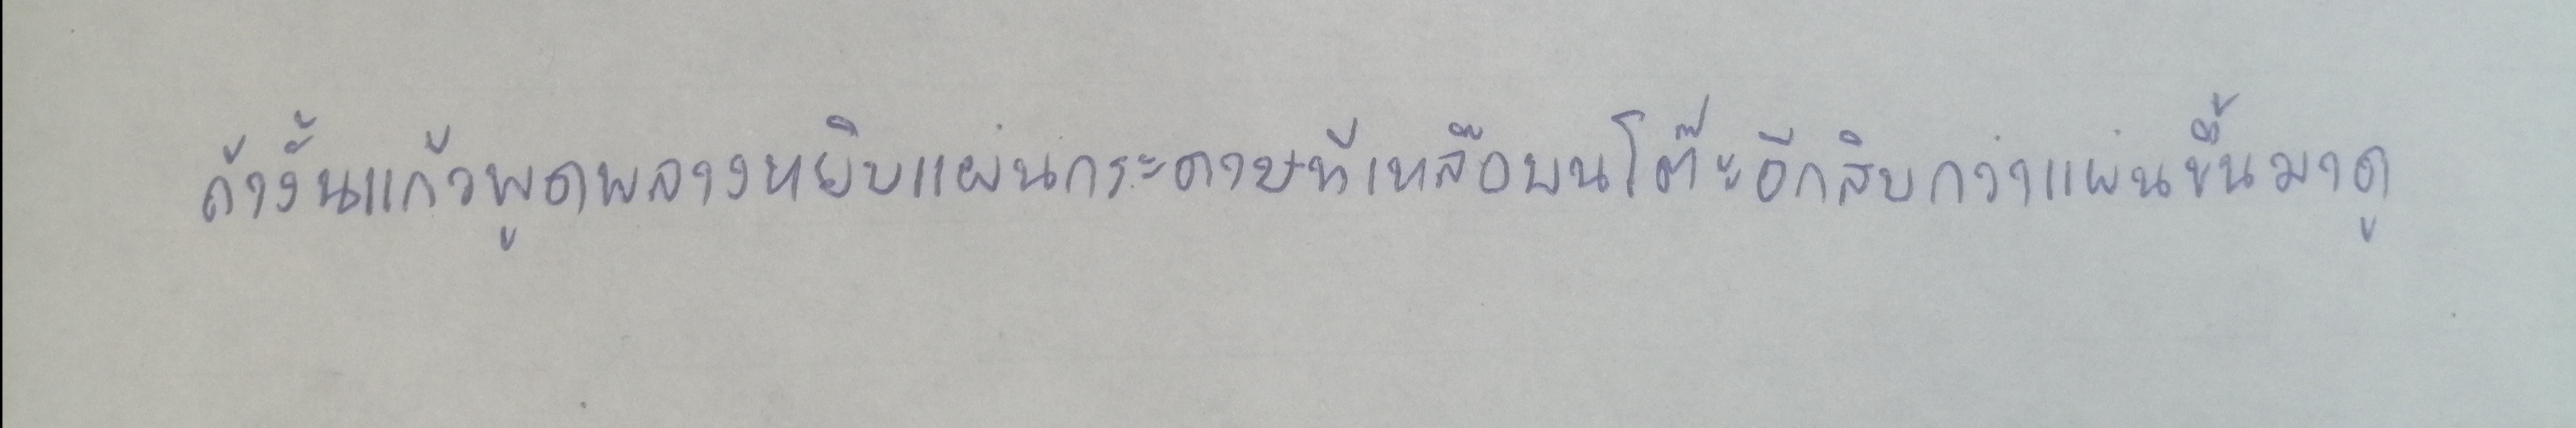
ถ้างั้นแก้วพูดพลางหยิบแผ่นกระดาษที่เหลือบนโต๊ะอีกสิบกว่าแผ่นขึ้นมาดู